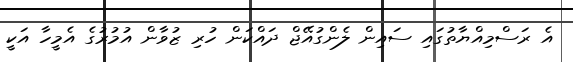
އެ ރަސްމިއްޔާތުގައި ސައިން ލެންގުއޭޖް ދައްކަން ހުރި ޒުވާން އުމުރުގެ އެމީހާ އަކީ